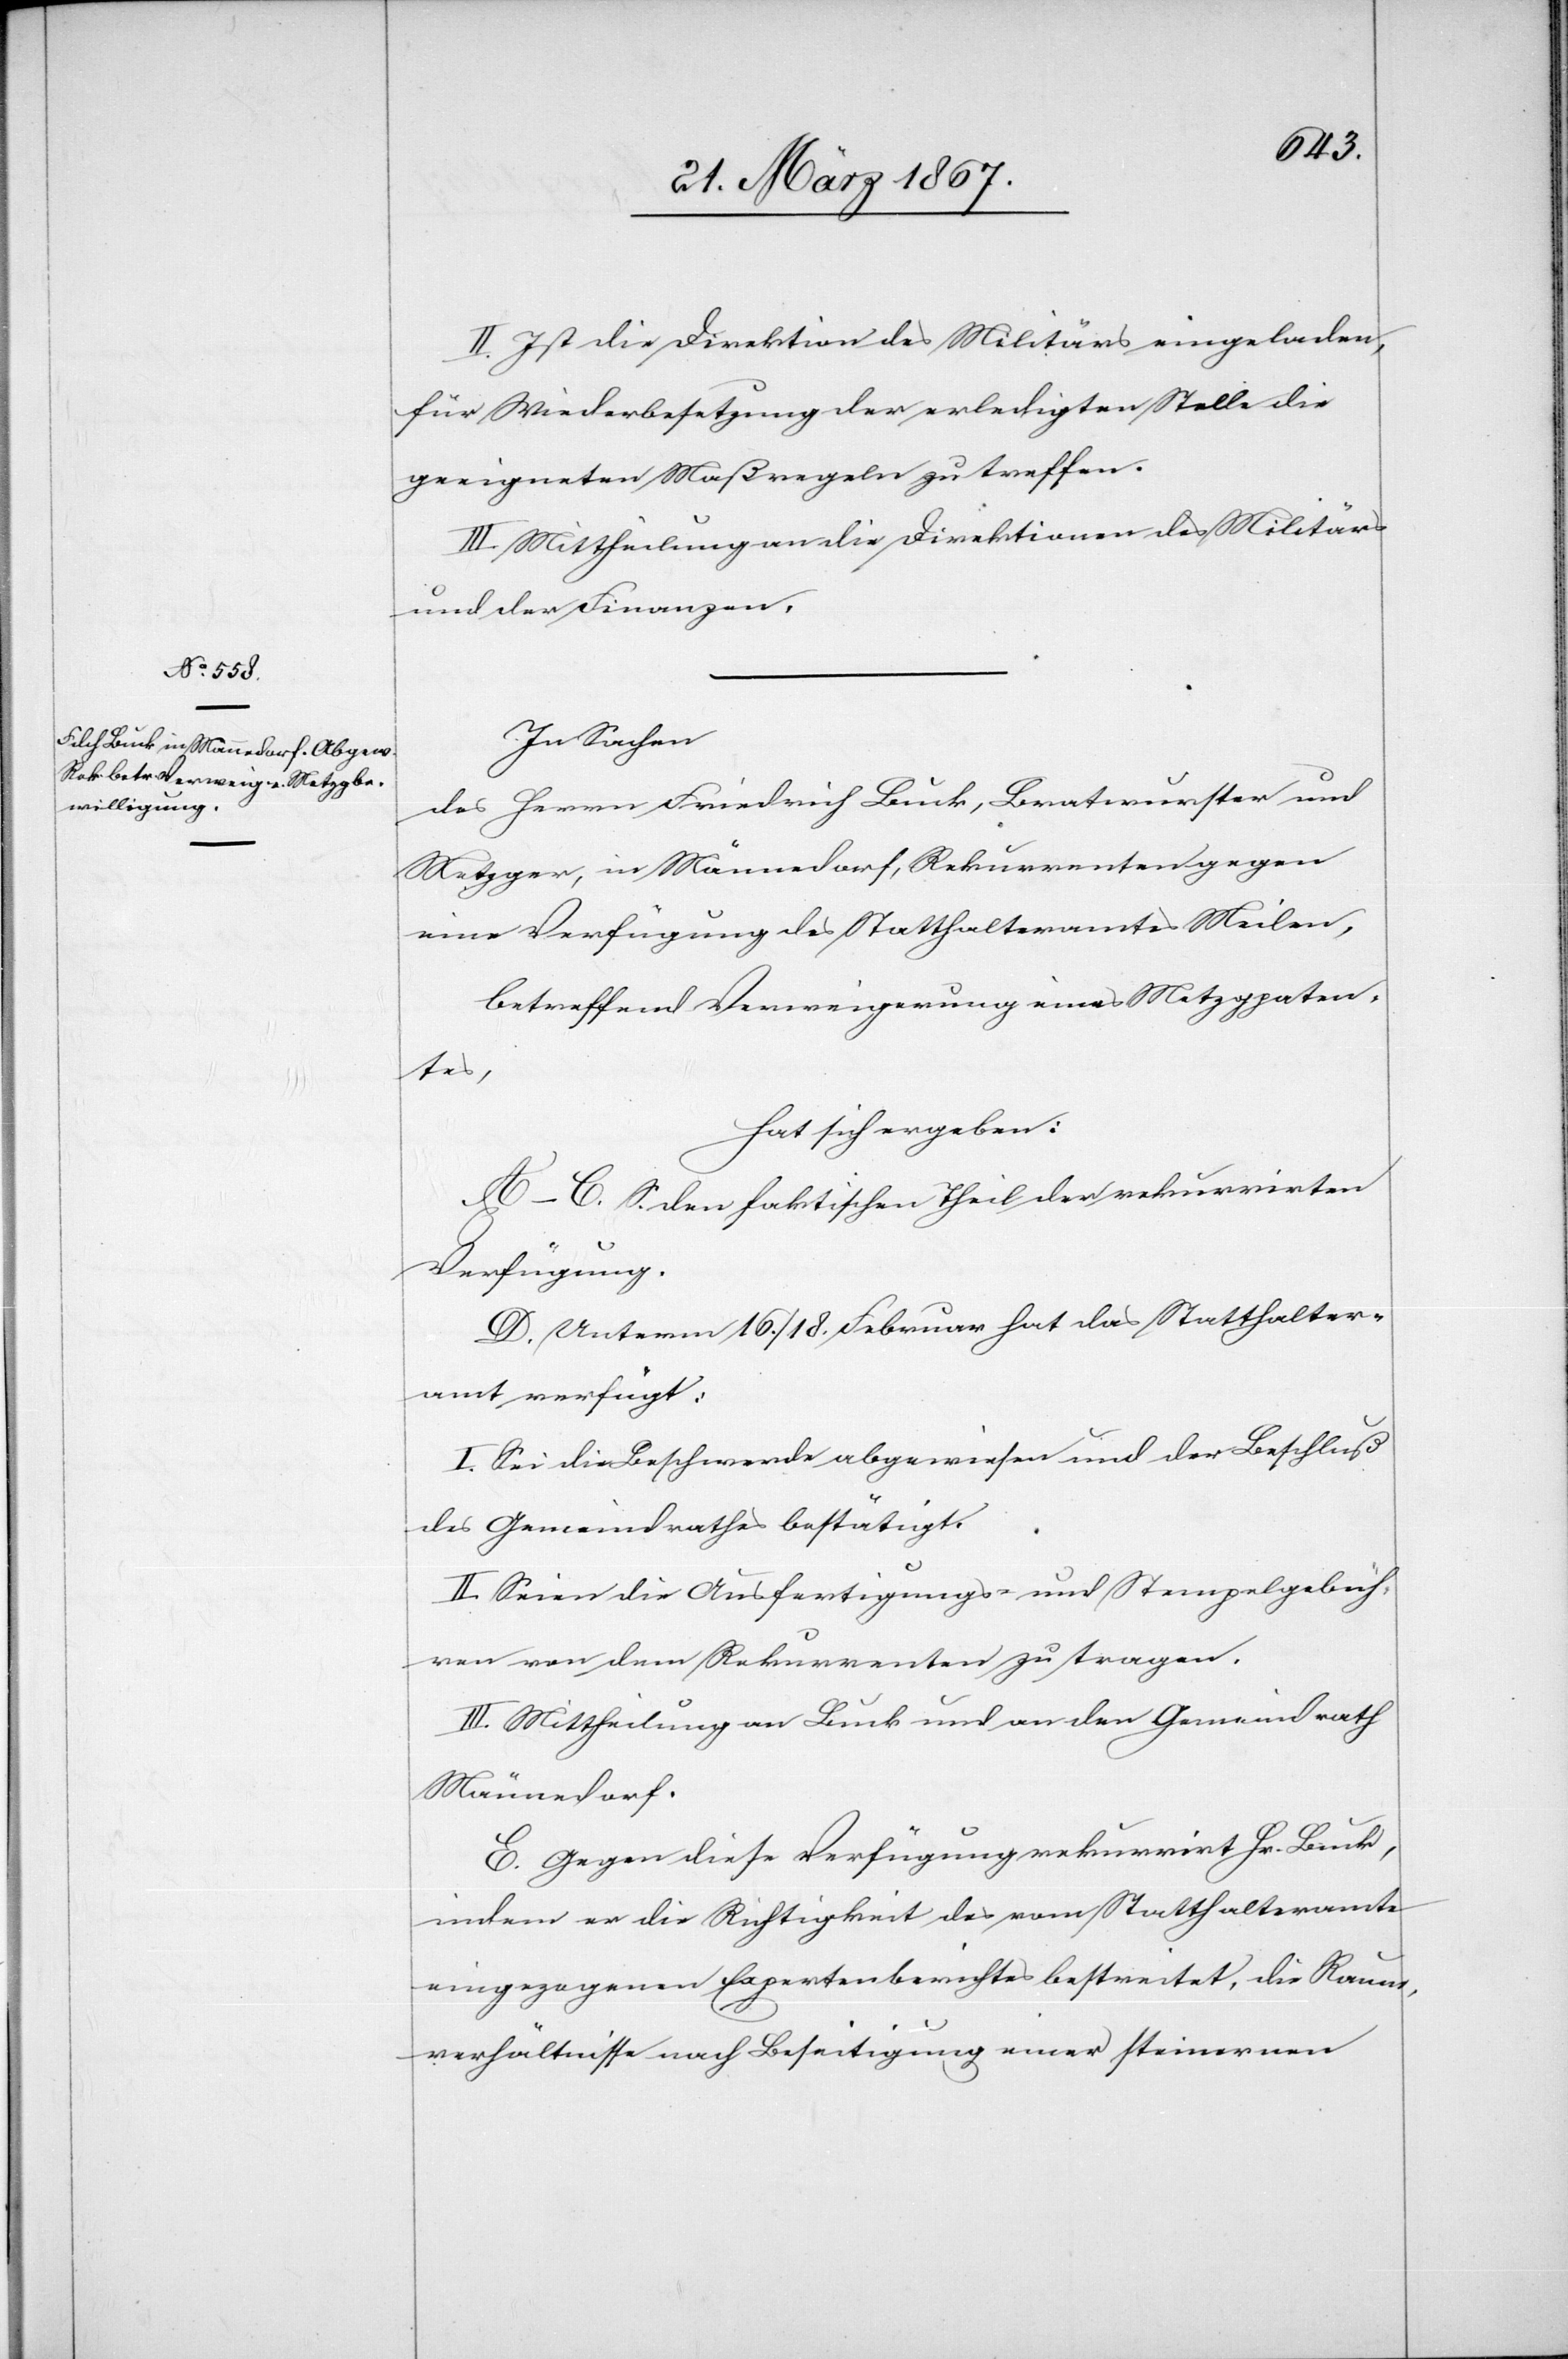
II. Ist die Direktion des Militärs eingeladen,
für Wiederbesetzung der erledigten Stelle die
geeigneten Maßregeln zu treffen.
III. Mittheilung an die Direktionen des Militärs
und der Finanzen.
In Sachen
des Herrn Friedrich Luck, Bratwurster und
Metzger, in Männedorf, Rekurrenten gegen
eine Verfügung des Statthalteramtes Meilen,
betreffend Verweigerung eines Metzgpaten¬
tes,
hat sich ergeben:
A–C. S. den faktischen Theil der rekurrirten
Verfügung.
D. Unterm 16. / 18. Februar hat das Statthalter¬
amt verfügt:
I. Sei die Beschwerde abgewiesen und der Beschluß
des Gemeindrathes bestätigt.
II. Seien die Ausfertigungs- und Stempelgebüh¬
ren von dem Rekurrenten zu tragen.
III. Mittheilung an Luck und an den Gemeindrath
Männedorf.
E. Gegen diese Verfügung rekurrirt Hr. Luck,
indem er die Richtigkeit des vom Statthalteramte
eingezogenen Expertenberichtes bestreitet, die Raum¬
verhältnisse nach Beseitigung einer steinernen